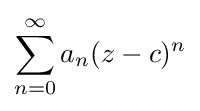
\sum _{n=0}^{\infty }a_{n}(z-c)^{n}